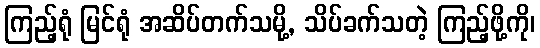
ကြည့်ရုံ မြင်ရုံ အဆိပ်တက်သမို့, သိပ်ခက်သတဲ့ ကြည့်ဖို့ကို၊